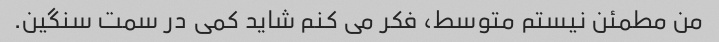
من مطمئن نیستم متوسط، فکر می کنم شاید کمی در سمت سنگین.